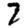
Digit: 7